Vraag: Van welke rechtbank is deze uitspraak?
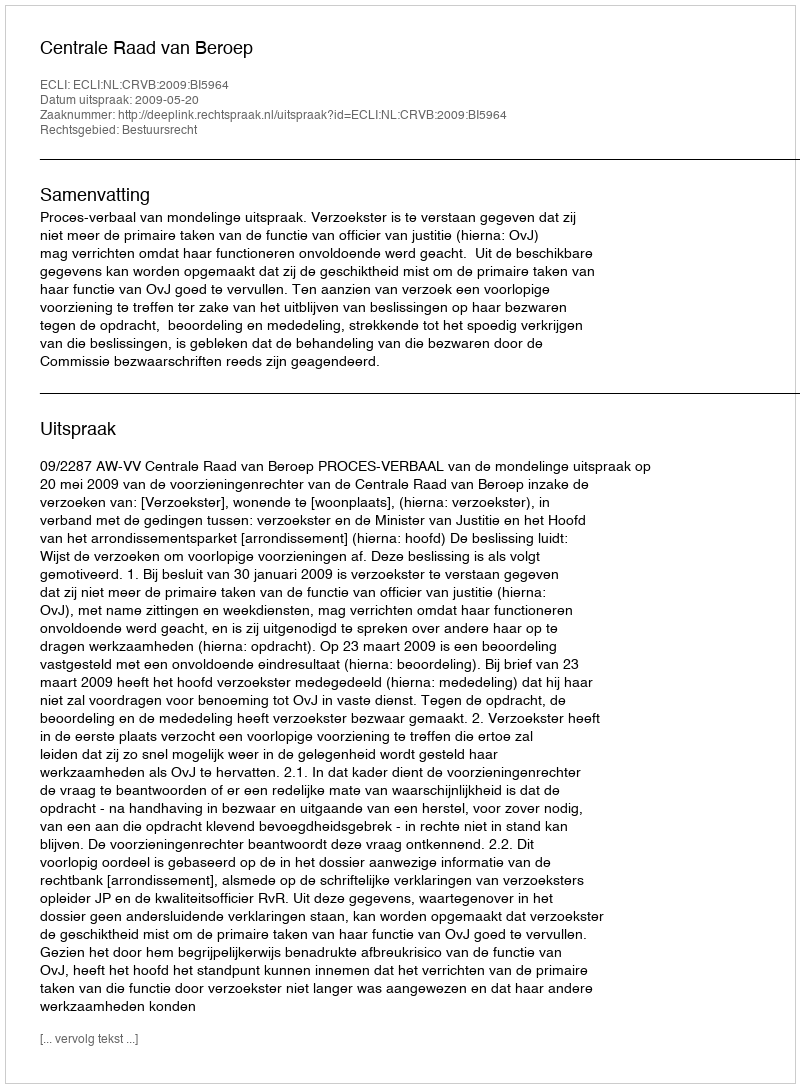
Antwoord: Centrale Raad van Beroep